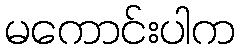
မကောင်းပါက